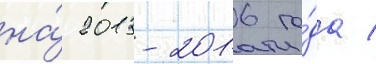
на́ 2013-2016 го́да /